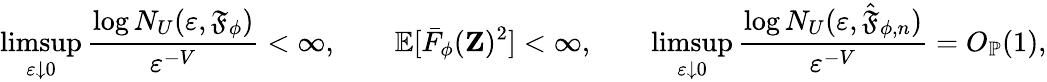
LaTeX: \operatorname*{limsup}_{\varepsilon\downarrow 0}\frac{\log N_{U}(\varepsilon,\mathfrak{F}_{\phi})}{\varepsilon^{-V}}<\infty,\qquad\mathbb{E}[\bar{F}_{\phi}(\mathbf{Z})^{2}]<\infty,\qquad\operatorname*{limsup}_{\varepsilon\downarrow 0}\frac{\log N_{U}(\varepsilon,\hat{\mathfrak{F}}_{\phi,n})}{\varepsilon^{-V}}=O_{\mathbb{P}}(1),